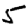
Digit: 5